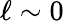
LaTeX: \ell\sim 0